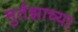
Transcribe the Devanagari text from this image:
मुर्तझाच्या